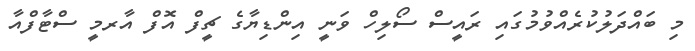
މި ބައްދަލުކުރެއްވުމުގައި ރައީސް ސޯލިހް ވަނީ އިންޑިޔާގެ ޗީފް އޮފް އާރމީ ސްޓާފްއާ